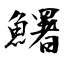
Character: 鱰